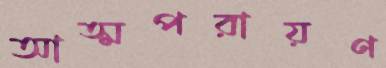
আত্মপরায়ণ